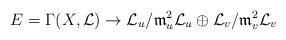
LaTeX: \begin{align*}E=\Gamma(X,{\cal L})\to {\cal L}_u/{\mathfrak m}_u^2{\cal L}_u\oplus{\cal L}_v/{\mathfrak m}_v^2{\cal L}_v\end{align*}